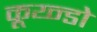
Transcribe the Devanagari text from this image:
कूय्न्डो